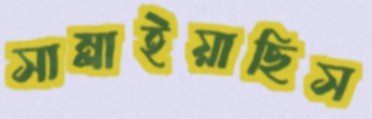
সাম্‌লাইয়াছিস